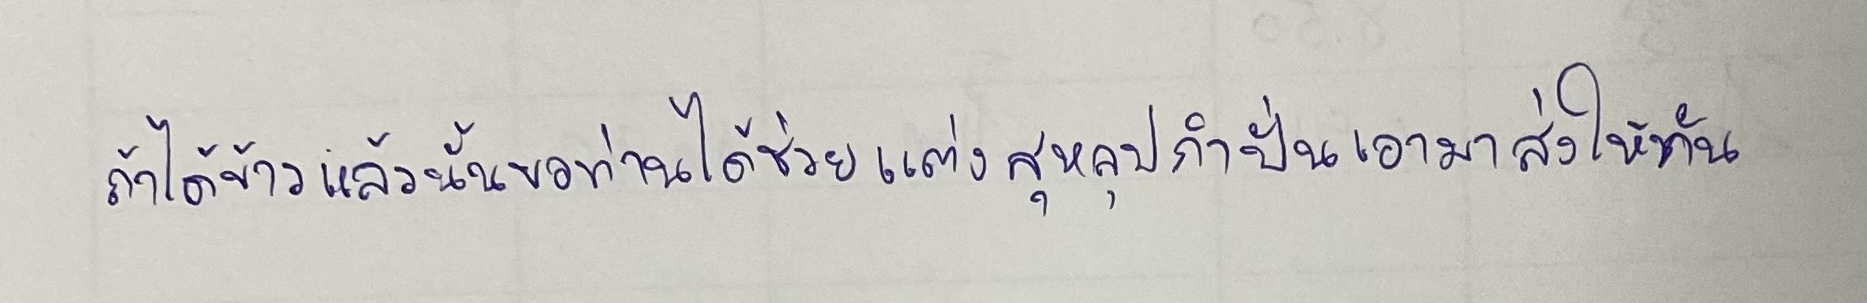
ถ้าได้ข้าวแล้วนั้นขอท่านได้ช่วยแต่งสุหลุปกำปั่นเอามาส่งให้ทัน